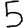
Digit: 5